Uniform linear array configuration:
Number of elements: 8
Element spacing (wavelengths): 1
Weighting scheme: binomial
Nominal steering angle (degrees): -45
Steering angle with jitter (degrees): -45.088
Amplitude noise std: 0.05
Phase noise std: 0.05

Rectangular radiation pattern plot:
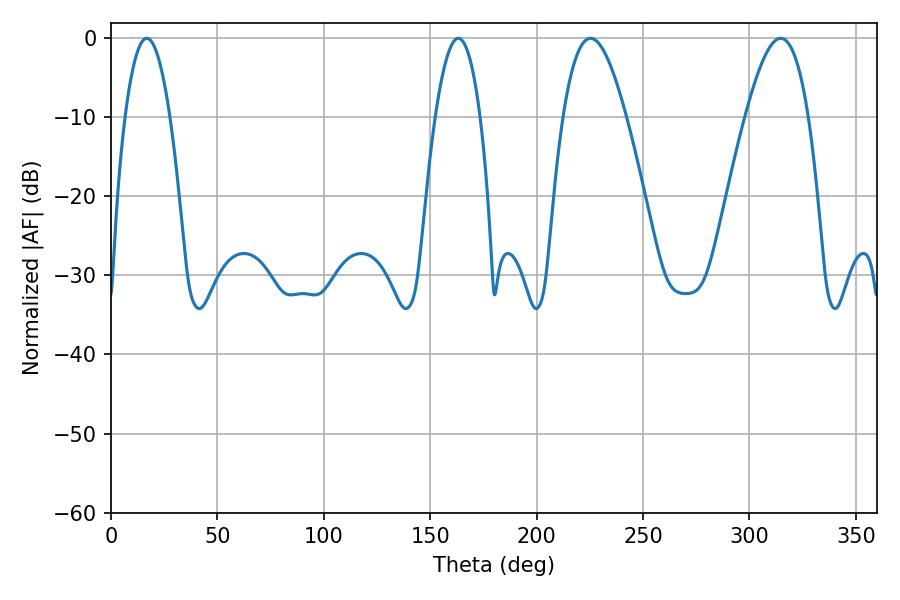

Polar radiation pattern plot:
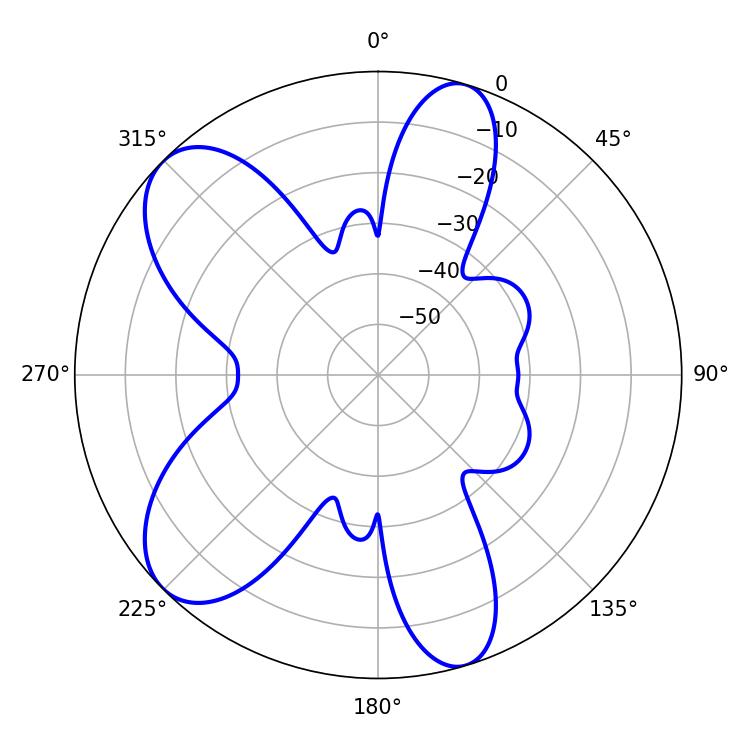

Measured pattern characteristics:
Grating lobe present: TRUE
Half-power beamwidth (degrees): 16.2
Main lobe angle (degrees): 225.36